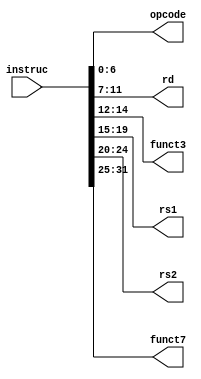
module instruc_parse_1
(
    input [31:0] instruc,
    output [6:0] opcode,
    output [4:0] rd,
    output [2:0] funct3,
    output [4:0] rs1,
    output [4:0] rs2,
    output [6:0] funct7

);

assign opcode = instruc[6:0];
assign rd = instruc[11:7];
assign funct3 = instruc[14:12];
assign rs1 = instruc[19:15];
assign rs2 = instruc[24:20];
assign funct7 = instruc[31:25];


endmodule // instruc_parse